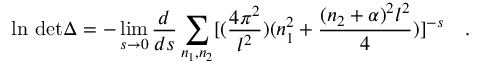
\mathrm { l n ~ d e t } \Delta = - \operatorname * { l i m } _ { s \to 0 } { \frac { d } { d s } } \sum _ { n _ { 1 } , n _ { 2 } } [ ( { \frac { 4 \pi ^ { 2 } } { l ^ { 2 } } } ) ( n _ { 1 } ^ { 2 } + { \frac { ( n _ { 2 } + \alpha ) ^ { 2 } l ^ { 2 } } { 4 } } ) ] ^ { - s } \quad .